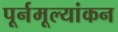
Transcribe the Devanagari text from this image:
पूर्नमूल्यांकन